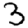
Digit: 3